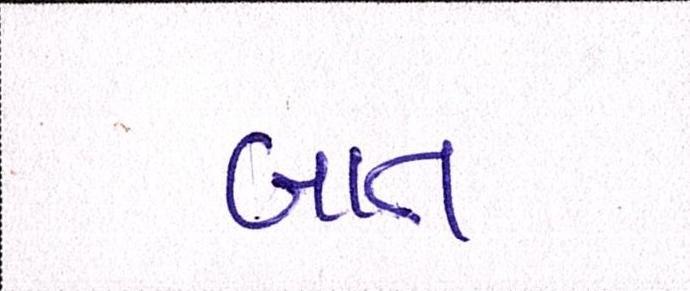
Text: બાત